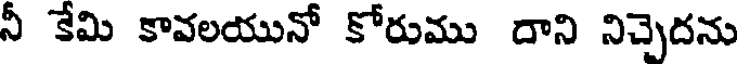
నీ కేమి కావలయునో కోరుము దాని నిచ్చెదను